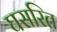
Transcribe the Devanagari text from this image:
घसरित